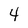
Character: 4